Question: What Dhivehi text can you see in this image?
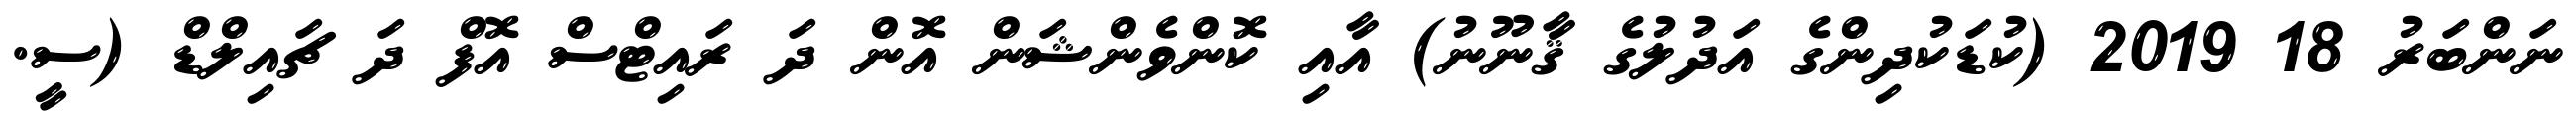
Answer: ނަންބަރު 18 2019 (ކުޑަކުދިންގެ އަދުލުގެ ޤާނޫނު) އާއި ކޮންވެންޝަން އޮން ދަ ރައިޓްސް އޮފް ދަ ޗައިލްޑް (ސީ.